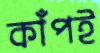
কাঁপই